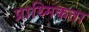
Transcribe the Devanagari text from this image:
प्राथ्मिकता